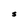
Character: S